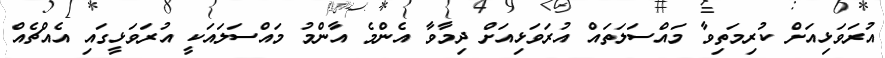
އުރަވަޅިއަށް ކުރިމަތިވާ މައްސަލަތައް އުރަވަޅިއަށް ދިމާވާ އެންމެ އާންމު މައްސަލައަކީ އުރަވަޅީގައި އެއްޗެއް